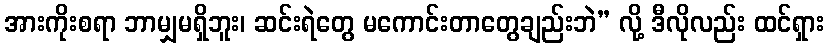
အားကိုးစရာ ဘာမျှမရှိဘူး၊ ဆင်းရဲတွေ မကောင်းတာတွေချည်းဘဲ” လို့ ဒီလိုလည်း ထင်ရှား